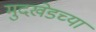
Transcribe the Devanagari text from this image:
मुदखेडच्या